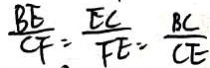
\frac { B E } { C F } = \frac { E C } { F E } = \frac { B C } { C E }